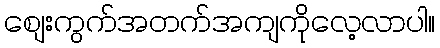
စျေးကွက်အတက်အကျကိုလေ့လာပါ။